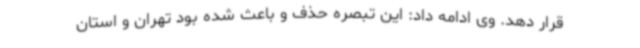
قرار دهد. وی ادامه داد: این تبصره حذف و باعث شده بود تهران و استان